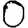
Digit: 0